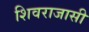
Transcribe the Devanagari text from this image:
शिवराजासी